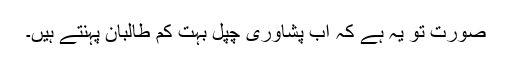
صورت تو یہ ہے کہ اب پشاوری چپّل بہت کم طالبان پہنتے ہیں۔